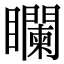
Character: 𥌻